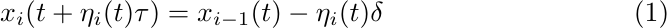
\begin{flalign}
    &x_i(t+\eta_i(t)\tau)=x_{i-1}(t)-\eta_i(t)\delta
\end{flalign}